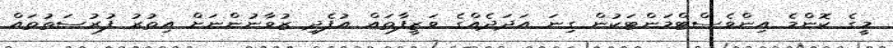
މީގެ ކޮންމެ އިންވެސްޓްމަންޓަކުން ގިނަ އަދަދެއްގެ ވަޒީފާތައް އުފެދި ޒުވާނުންނަށް އިތުރު ފުރުސަތުތައް